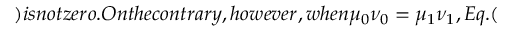
) i s n o t z e r o . O n t h e c o n t r a r y , h o w e v e r , w h e n \mu _ { 0 } \nu _ { 0 } = \mu _ { 1 } \nu _ { 1 } , E q . (